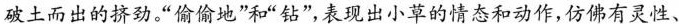
破土而出的挤劲。“偷偷地”和“钻”表现出小草的情态和动作,仿佛有灵性.